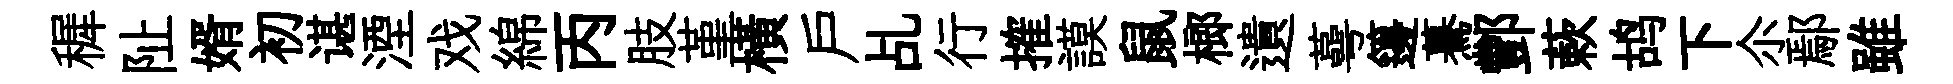
穉阯婿初谌湮戏綿丙肢堇橫戸乩行搉謨鼠榔遺蕚籩驀酆蔌鸪下尒鄢雖